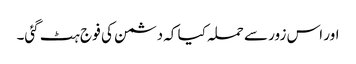
اور اس زور سے حملہ کیا کہ دشمن کی فو ج ہٹ گئی۔